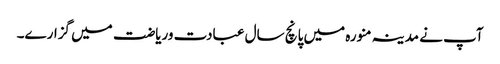
آپ نے مدینہ منورہ میں پانچ سال عبادت وریاضت میں گزارے۔